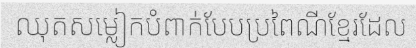
ឈុតសម្លៀកបំពាក់បែបប្រពៃណីខ្មែរដែល